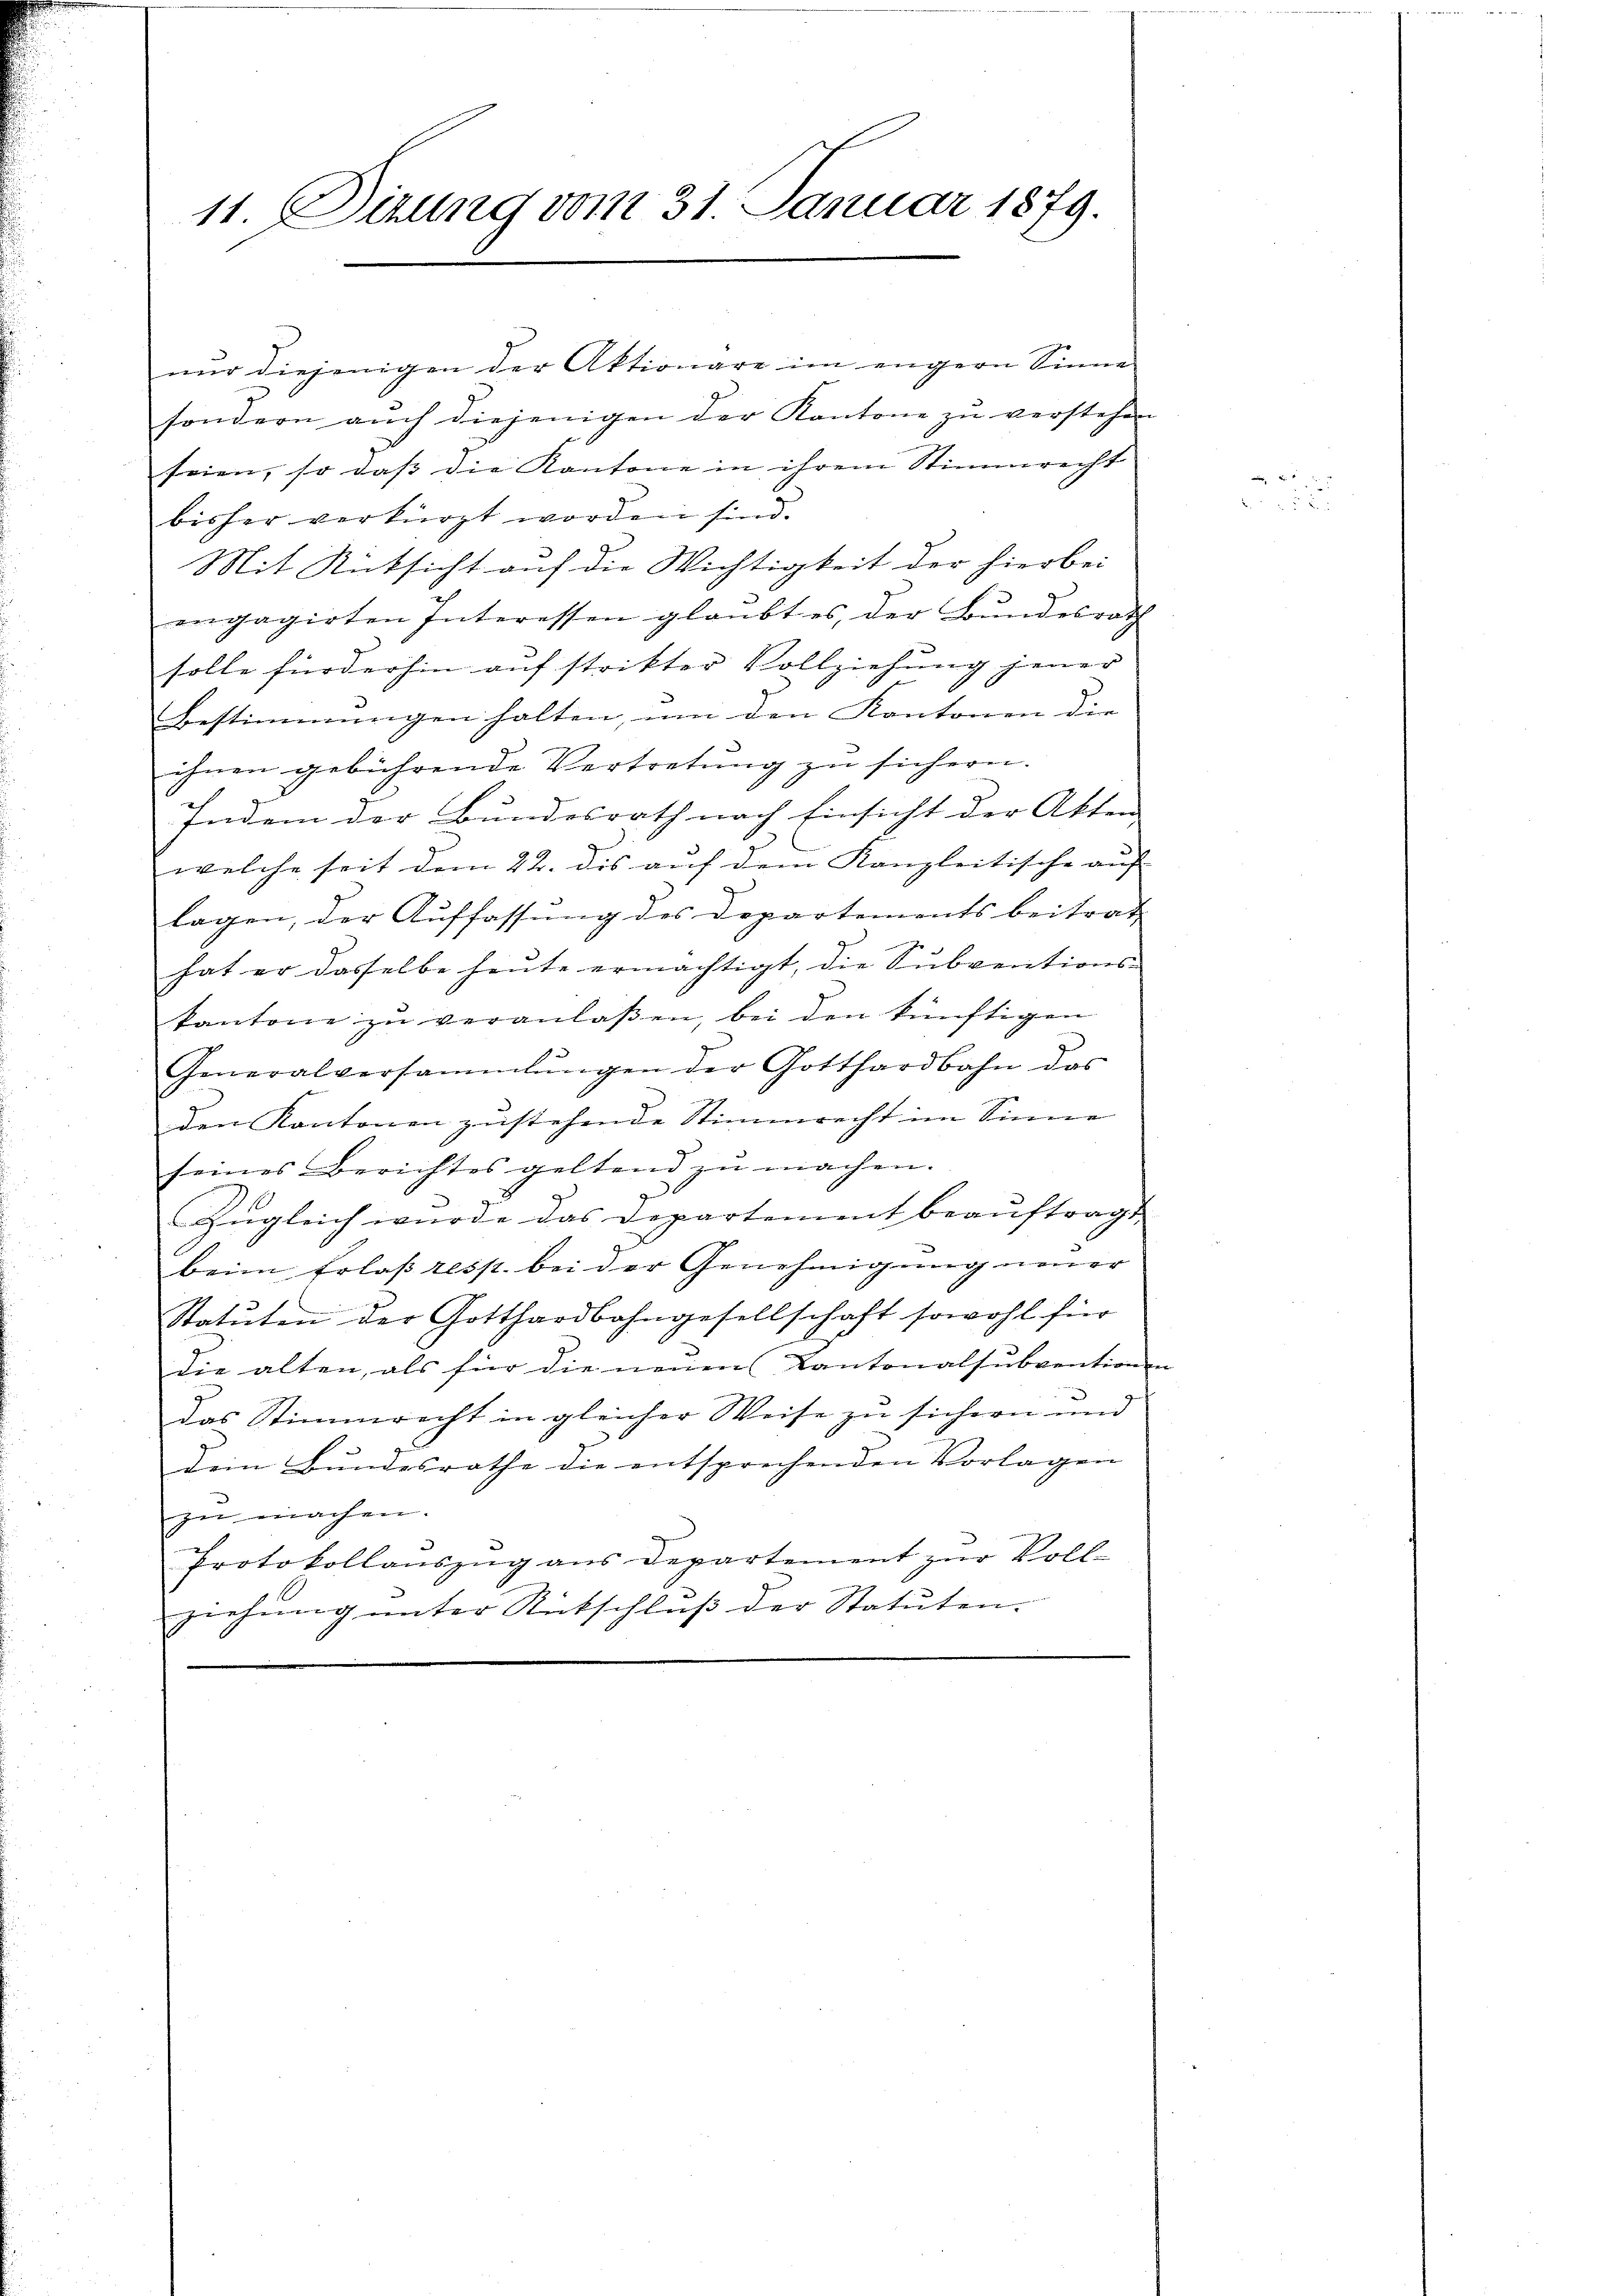
11. Sizung vom 31 Januar 1879.

sondern aŭch diejenigen der Kantone zŭ verstehen
seien, so dass die Kantone in ihrem Stimmrecht
bisher verkürzt worden sind.
Mit Rücksicht auf die Wichtigkeit der hierbei
engagirten Interessen glaubt es, der Bundesrath
solle fürderhin auf strikter Vollziehung jener
Bestimmungen halten, um den Kantonen die
ihnen gebührende Vertretung zu sichern.
Indem der Bundesrath nach Einsicht der Akten
welche seit dem 22. dis auf dem Kanzleitische auf- |
lagen, der Auffassung des Departementsbeitrag
hat er dasselbe heute ermächtigt, die Subventions-
kantone zŭ veranlaβen, bei den künftigen
Generalversammlungen der Gotthardbahn das
den Kantonen zustehende Stimmrecht im Sinne
seines Berichtes geltend zŭ machen.
e
Zugleich wurde das Departement beauftragt
beim Erlaß resp. bei der Genehmigung neuer
Statuten der Gotthardbahngesellschaft sowohl für
die alten, als für die neuen Kantonalsubventionen
.
Das Stimmrecht in gleicher Weise zu sichern und
Dein Bundesrathe die entsprechenden Vorlagen
zŭ machen.
Protokollauszug aus Departement zur Vollziehung unter Rückschluß der Statuten.

nur diejenigen der Aktionare im engern Sinne